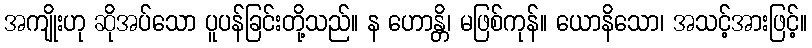
အကျိုးဟု ဆိုအပ်သော ပူပန်ခြင်းတို့သည်။ န ဟောန္တိ၊ မဖြစ်ကုန်။ ယောနိသော၊ အသင့်အားဖြင့်။